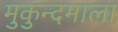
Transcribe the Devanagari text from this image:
मुकुन्दमाला